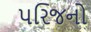
પરિજનો